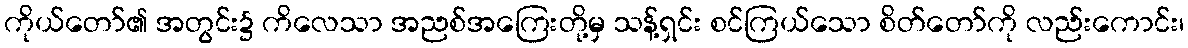
ကိုယ်တော်၏ အတွင်း၌ ကိလေသာ အညစ်အကြေးတို့မှ သန့်ရှင်း စင်ကြယ်သော စိတ်တော်ကို လည်းကောင်း၊